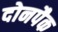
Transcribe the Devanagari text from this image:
दोनपैक